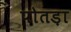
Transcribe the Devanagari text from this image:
पोतड़ा